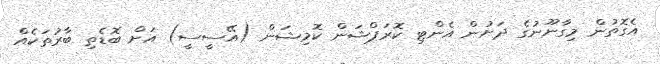
އެގޮތުން މިގާނޫނުގެ ދަށުން އެންޓި ކޮރަޕްޝަން ކޮމިޝަން (އޭސީސީ) އަށް ބޮޑެތި ބާރުތަކެއް